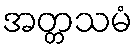
အတ္တသမံ